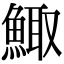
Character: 鯫